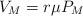
LaTeX: \begin{align*}V_M = r \mu P_M\end{align*}